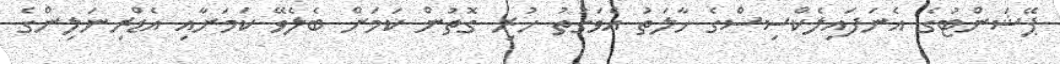
ޕޭޝަންޓުގެ އެނަފައިލެކްސިސްގެ ހާލަތު އެވަގުތު ހުރި ގޮތުން ކަމަށް ބެލެވޭ ކަމަށާއި އެޑްރިނަލިންގެ